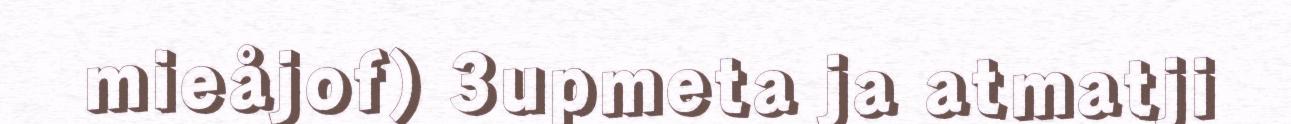
mieåjof) 3upmeta ja atmatji